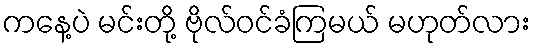
ကနေ့ပဲ မင်းတို့ ဗိုလ်ဝင်ခံကြမယ် မဟုတ်လား